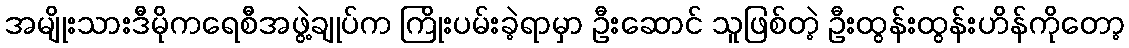
အမျိုးသားဒီမိုကရေစီအဖွဲ့ချုပ်က ကြိုးပမ်းခဲ့ရာမှာ ဦးဆောင် သူဖြစ်တဲ့ ဦးထွန်းထွန်းဟိန်ကိုတော့